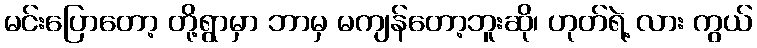
မင်းပြောတော့ တို့ရွာမှာ ဘာမှ မကျန်တော့ဘူးဆို၊ ဟုတ်ရဲ့ လား ကွယ်